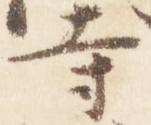
寺